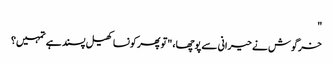
"
خرگوش نے حیرانی سے پوچھا، "تو پھر کونسا کھیل پسند ہے تمہیں؟